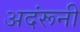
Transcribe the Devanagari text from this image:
अदंरूनी